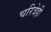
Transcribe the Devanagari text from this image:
चरित्रेही